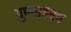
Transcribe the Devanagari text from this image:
पुण्यावरच